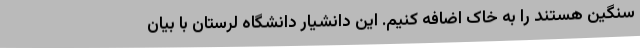
سنگین هستند را به خاک اضافه کنیم. این دانشیار دانشگاه لرستان با بیان